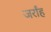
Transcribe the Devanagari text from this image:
जर्रांह